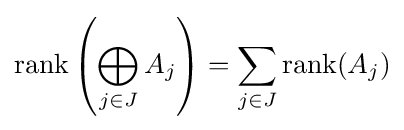
\operatorname {rank} \left(\bigoplus _{j\in J}A_{j}\right)=\sum _{j\in J}\operatorname {rank} (A_{j})